Civil Veterinary Dept. Bombay admin report 1923-31 - 1923-1931
Year: 1923
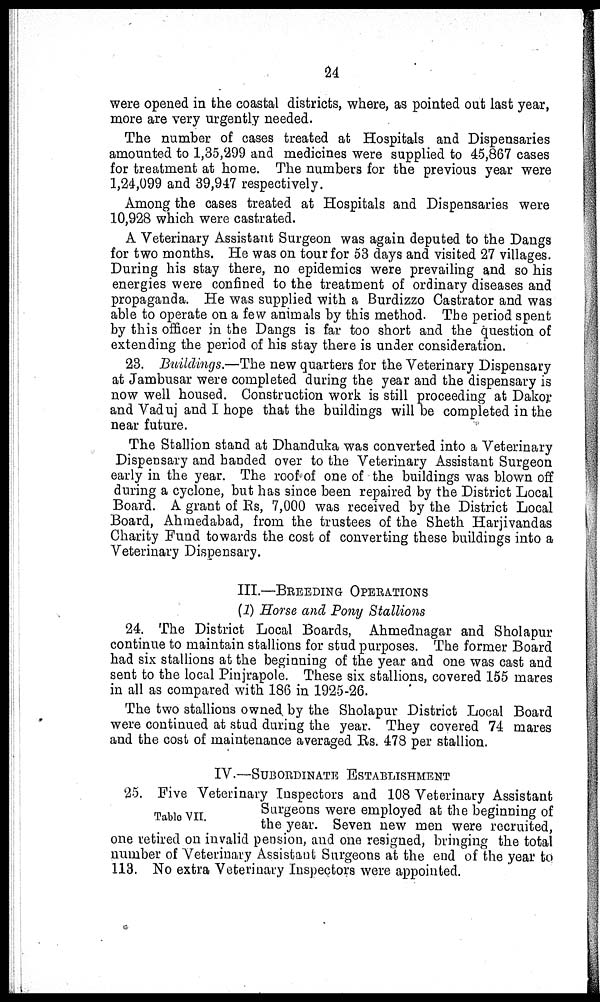
24
were opened in the coastal districts, where, as pointed out last year,
more are very urgently needed.
The number of cases treated at Hospitals and Dispensaries
amounted to 1,35,299 and medicines were supplied to 45,867 cases
for treatment at home. The numbers for the previous year were
1,24,099 and 39,947 respectively.
Among the cases treated at Hospitals and Dispensaries were
10,928 which were castrated.
A Veterinary Assistant Surgeon was again deputed to the Dangs
for two months. He was on tour for 53 days and visited 27 villages.
During his stay there, no epidemics were prevailing and so his
energies were confined to the treatment of ordinary diseases and
propaganda. He was supplied with a Burdizzo Castrator and was
able to operate on a few animals by this method. The period spent
by this officer in the Dangs is far too short and the question of
extending the period of his stay there is under consideration.
23. Buildings.—The new quarters for the Veterinary Dispensary
at Jambusar were completed during the year and the dispensary is
now well housed. Construction work is still proceeding at Dakor
and Vaduj and I hope that the buildings will be completed in the
near future.
The Stallion stand at Dhanduka was converted into a Veterinary
Dispensary and handed over to the Veterinary Assistant Surgeon
early in the year. The roof of one of the buildings was blown off
during a cyclone, but has since been repaired by the District Local
Board. A grant of Rs, 7,000 was received by the District Local
Board, Ahmedabad, from the trustees of the Sheth Harjivandas
Charity Fund towards the cost of converting these buildings into a
Veterinary Dispensary.
III.—BREEDING OPERATIONS
(1) Horse and Pony Stallions
24. The District Local Boards, Ahmednagar and Sholapur
continue to maintain stallions for stud purposes. The former Board
had six stallions at the beginning of the year and one was cast and
sent to the local Pinjrapole. These six stallions, covered 155 mares
in all as compared with 186 in 1925-26.
The two stallions owned by the Sholapur District Local Board
were continued at stud during the year. They covered 74 mares
and the cost of maintenance averaged Rs. 478 per stallion.
IV.—SUBORDINATE
ESTABLISHMENT
Table VII.
25. Five Veterinary Inspectors and 108 Veterinary Assistant
Surgeons were employed at the beginning of
the year. Seven new men were recruited,
one retired on invalid pension, and one resigned, bringing the total
number of Veterinary Assistant Surgeons at the end of the year to
113. No extra Veterinary Inspectors were appointed.